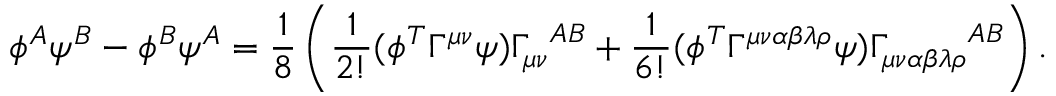
\phi ^ { A } \psi ^ { B } - \phi ^ { B } \psi ^ { A } = \frac { 1 } { 8 } \left( \frac { 1 } { 2 ! } ( \phi ^ { T } \Gamma ^ { \mu \nu } \psi ) { \Gamma _ { \mu \nu } } ^ { A B } + \frac { 1 } { 6 ! } ( \phi ^ { T } \Gamma ^ { \mu \nu \alpha \beta \lambda \rho } \psi ) { \Gamma _ { \mu \nu \alpha \beta \lambda \rho } } ^ { A B } \right) .